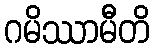
ဂမိဿာမီတိ